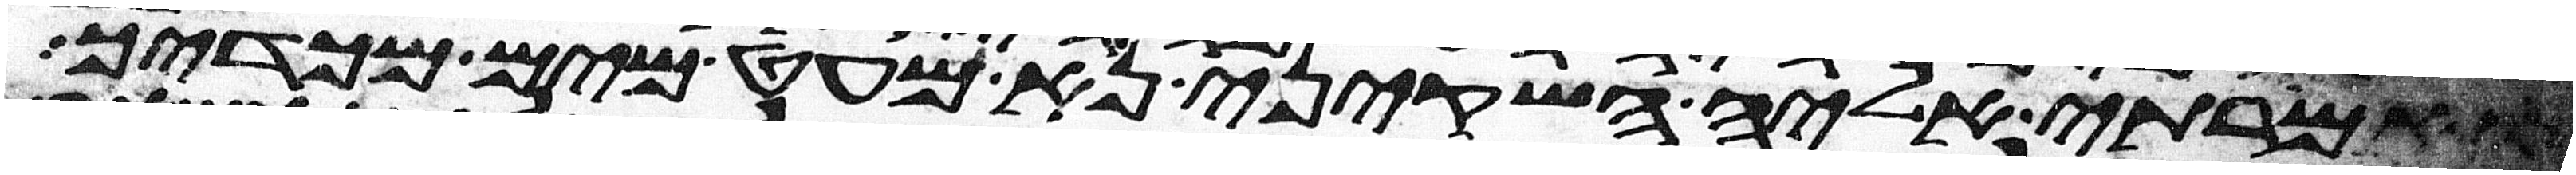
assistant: ואמרתי אליה השקיני נא מעט מים מכדך